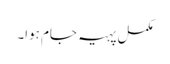
مکمل پہیہ جام ہوا۔